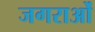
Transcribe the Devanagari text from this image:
जगराओं